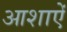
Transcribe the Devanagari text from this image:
आशाऐं